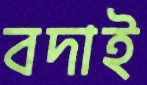
বদাই